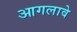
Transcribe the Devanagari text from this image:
आगलावे